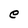
Character: e